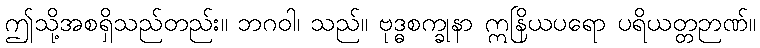
ဤသို့အစရှိသည်တည်း။ ဘဂဝါ၊ သည်။ ဗုဒ္ဓစက္ခုနာ ဣနြိယပရော ပရိယတ္တဉာဏ်။